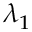
\lambda _ { 1 }